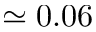
\simeq 0 . 0 6